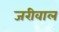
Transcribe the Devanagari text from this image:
जरीवाल